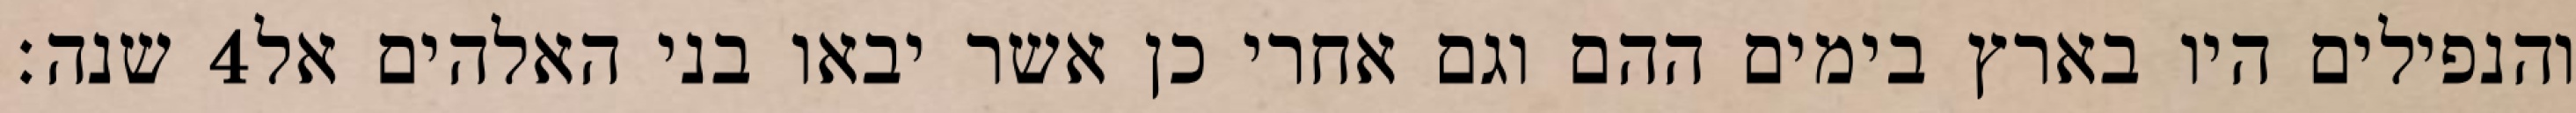
שנה׃ ‎4‏ והנפילים היו בארץ בימים ההם וגם אחרי כן אשר יבאו בני האלהים אל